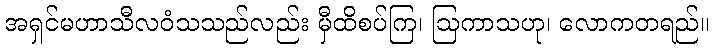
အရှင်မဟာသီလဝံသသည်လည်း မှီထိစပ်ကြ၊ ဩကာသဟု၊ လောကတရည်။